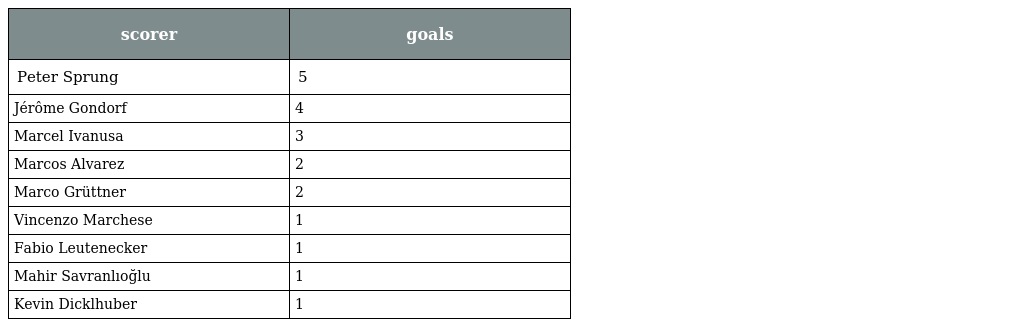
| scorer | goals |
 | --- | --- |
 | Peter Sprung | 5 |
 | Jérôme Gondorf | 4 |
 | Marcel Ivanusa | 3 |
 | Marcos Alvarez | 2 |
 | Marco Grüttner | 2 |
 | Vincenzo Marchese | 1 |
 | Fabio Leutenecker | 1 |
 | Mahir Savranlıoğlu | 1 |
 | Kevin Dicklhuber | 1 |